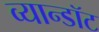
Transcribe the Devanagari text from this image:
व्यान्डॉट